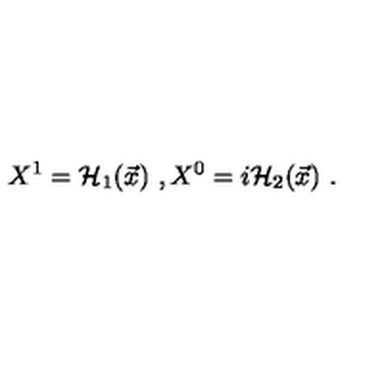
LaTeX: X ^ { 1 } = { \cal H } _ { 1 } ( \vec { x } ) \ , X ^ { 0 } = i { \cal H } _ { 2 } ( \vec { x } ) \ .